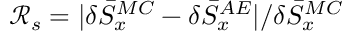
\mathcal { R } _ { s } = | \delta { \bar { S } } _ { x } ^ { M C } - \delta { \bar { S } } _ { x } ^ { A E } | / \delta { \bar { S } } _ { x } ^ { M C }